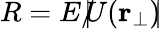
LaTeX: R=E/\! \! \! \! \mid\! \! \! U({\mathbf r}_{\perp})\! \! \! \mid